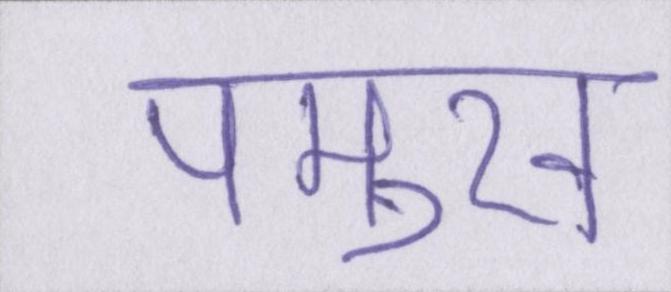
पमुख